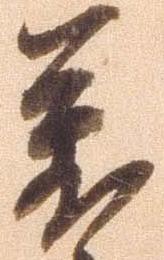
万